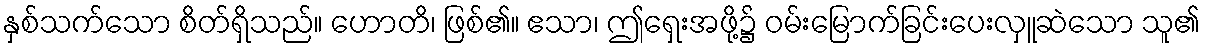
နှစ်သက်သော စိတ်ရှိသည်။ ဟောတိ၊ ဖြစ်၏။ ဧသာ၊ ဤရှေးအဖို့၌ ဝမ်းမြောက်ခြင်းပေးလှူဆဲသော သူ၏